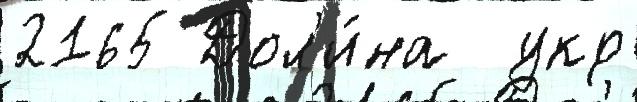
2165 Дол'и́на  укр